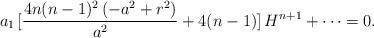
LaTeX: \begin{align*}a_{1}\,[\frac{4 n(n-1)^2\,(-a^2+r^2)}{a^2}+4(n-1)]\,H^{n+1}+\cdots=0.\end{align*}